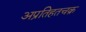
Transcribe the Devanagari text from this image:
अप्रतिहतचक्र